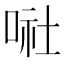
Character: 𠶈